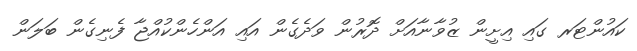
ކައުންޓަރ ގައި އިށީން ޒުވާނާއަށް ދޮރުން ވަދެގެން އައި އަންހެންކުއްޖާ ފެނިގެން ބަލަން